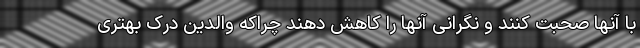
با آنها صحبت کنند و نگرانی آنها را کاهش دهند چراکه والدین درک بهتری